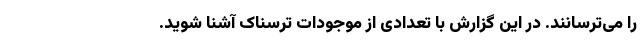
را می‌ترسانند. در این گزارش با تعدادی از موجودات ترسناک آشنا شوید.